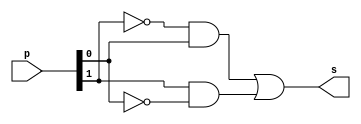
// ---------------------
// Exemplo 05_08 - xor
// Nome: xxx yyy zzz
// ---------------------

// ---------------------
// -- xor gate
// ---------------------

module xorgate (s, p);
 output s;
 input  [0:1] p;
 wire   [0:3] temp;

 not NOT1 ( temp[2], p[0] );
 not NOT2 ( temp[3], p[1] );
 and AND1 ( temp[0], temp[2], p[1]  );
 and AND2 ( temp[1], p[0] , temp[3] );

 or  OR1  (     s, temp[0], temp[1] );

endmodule // xor

// ---------------------
// -- test xorgate
// ---------------------

module testxorgate;
 reg   [0:1] a;
 wire  s;
          // instancia
 xorgate XOR1 (s, a);

 initial begin:start
      a[0]=0; a[1]=0;
 end

          // parte principal
 initial begin:main
      $display("Exemplo 05_08 - xxx yyy zzz - 999999");
      $display("Test xor gate");
      $display("\na ^ b = s\n");
      $monitor("%b ^%b = %b", a[0], a[1], s);
  #1  a[0]=0; a[1]=1;
  #1  a[0]=1; a[1]=0;
  #1  a[0]=1; a[1]=1;

 end

endmodule // testxorgate